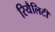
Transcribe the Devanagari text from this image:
रियैलिटी